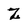
Character: Z